Indian journal of veterinary science and animal husbandry - Volumes 28-29, 1958-1959
Year: 1958
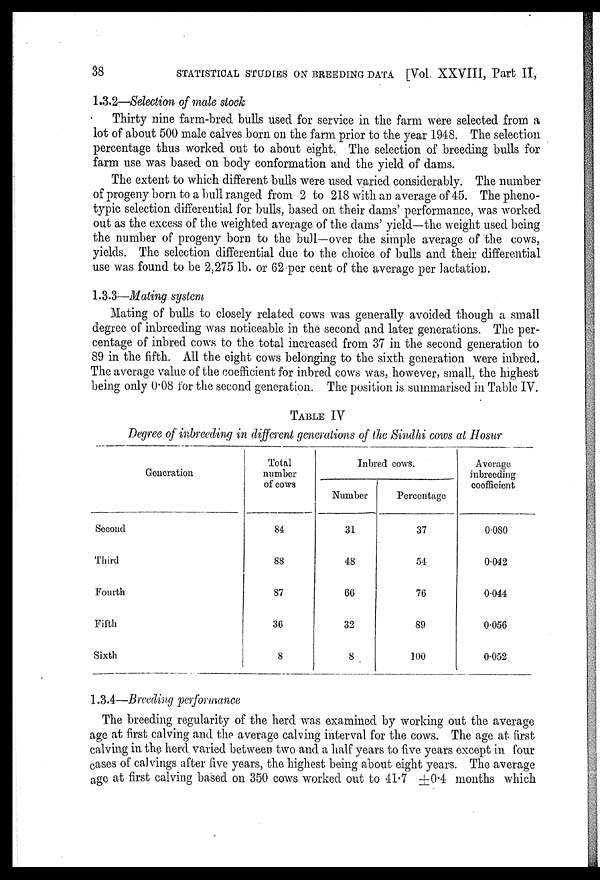
38
STATISTICAL STUDIES ON BREEDING DATA [Vol, XXVIII, Part II,
1.3.2—Selection of male stock
Thirty nine farm-bred bulls used for service in the farm were selected from a
lot of about 500 male calves born on the farm prior to the year 1948. The selection
percentage thus worked out to about eight. The selection of breeding bulls for
farm use was based on body conformation and the yield of dams.
The extent to which different bulls were used varied considerably. The number
of progeny born to a bull ranged from 2 to 218 with an average of 45. The pheno-
typic selection differential for bulls, based on their dams' performance, was worked
out as the excess of the weighted average of the dams' yield—the weight used being
the number of progeny born to the bull—over the simple average of the cows,
yields. The selection differential due to the choice of bulls and their differential
use was found to be 2,275 lb. or 62 per cent of the average per lactation.
1.3.3—Mating system
Mating of bulls to closely related cows was generally avoided though a small
degree of inbreeding was noticeable in the second and later generations. The per-
centage of inbred cows to the total increased from 37 in the second generation to
89 in the fifth. All the eight cows belonging to the sixth generation were inbred.
The average value of the coefficient for inbred cows was, however, small, the highest
being only 0.08 for the second generation. The position is summarised in Table IV.
TABLE IV
Degree of inbreeding in different generations of the Sindhi cows at Hosur
Generation
Second
Third
Fourth
Fifth
Sixth
Total
number
of cows
84
88
87
36
8
Inbred cows.
Number
31
48
66
32
8
Percentage
37
54
76
89
100
Average
inbreeding
coefficient
0.080
0.042
0.044
0.056
0.052
1.3.4—Breeding performance
The breeding regularity of the herd was examined by working out the average
age at first calving and the average calving interval for the cows. The age at first
calving in the herd varied between two and a half years to five years except in four
cases of calvings after five years, the highest being about eight years. The average
age at first calving based on 350 cows worked out to 41.7 ±0.4 months which